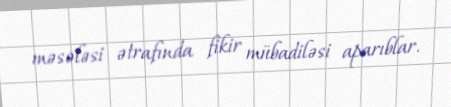
məsələsi ətrafında fikir mübadiləsi aparıblar.